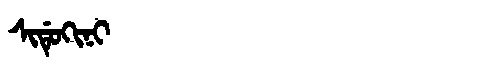
Manchu: ᠰᡳᡩᡠᡴᡳᠨᡳ
Romanization: SIDUKINI